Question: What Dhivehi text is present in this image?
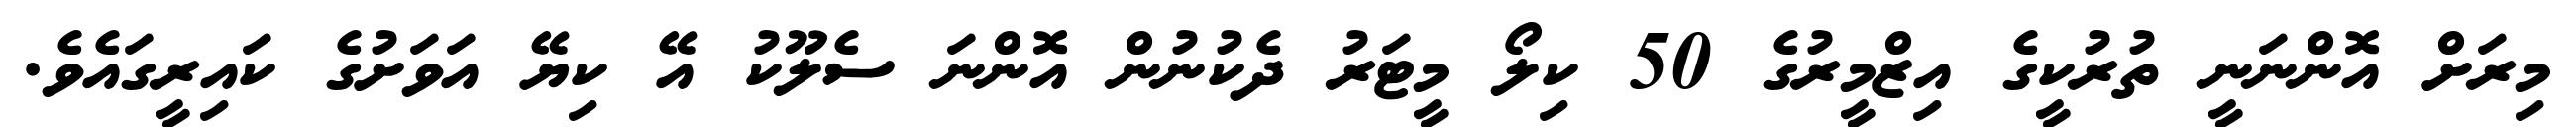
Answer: މިރަށް އޮންނަނީ ތުރުކީގެ އިޒްމީރުގެ 50 ކިލޯ މީޓަރު ދެކުނުން އޮންނަ ސެލޫކު އޭ ކިޔޭ އަވަށުގެ ކައިރީގައެވެ.